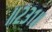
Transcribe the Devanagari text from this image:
॥२३१॥